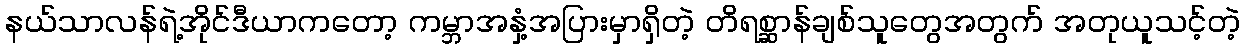
နယ်သာလန်ရဲ့အိုင်ဒီယာကတော့ ကမ္ဘာအနှံ့အပြားမှာရှိတဲ့ တိရစ္ဆာန်ချစ်သူတွေအတွက် အတုယူသင့်တဲ့